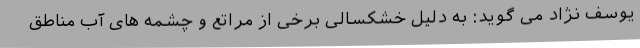
یوسف نژاد می گوید: به دلیل خشکسالی برخی از مراتع و چشمه های آب مناطق